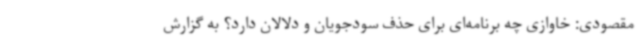
مقصودی: خاوازی چه برنامه‌ای برای حذف سودجویان و دلالان دارد؟ به گزارش